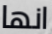
انها